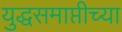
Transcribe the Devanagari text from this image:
युद्धसमाप्तीच्या